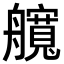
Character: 𦪻